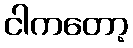
ငါကတော့